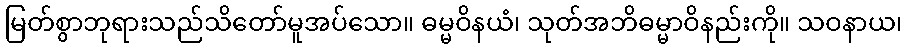
မြတ်စွာဘုရားသည်သိတော်မူအပ်သော။ ဓမ္မဝိနယံ၊ သုတ်အဘိဓမ္မာဝိနည်းကို။ သဝနာယ၊